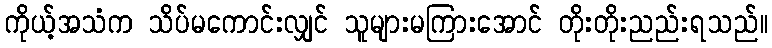
ကိုယ့်အသံက သိပ်မကောင်းလျှင် သူများမကြားအောင် တိုးတိုးညည်းရသည်။